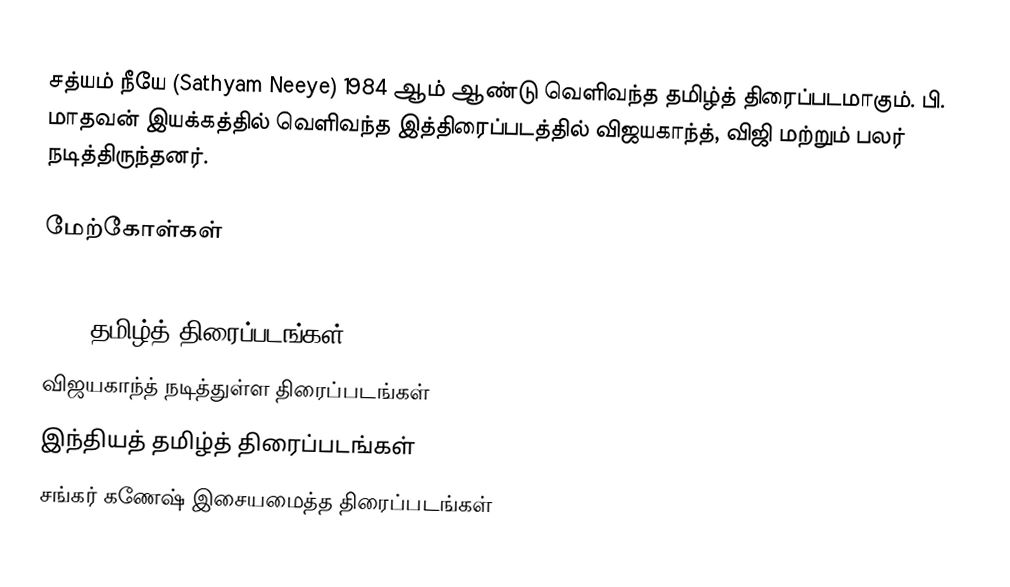
சத்யம் நீயே (Sathyam Neeye) 1984 ஆம் ஆண்டு வெளிவந்த தமிழ்த் திரைப்படமாகும். பி. மாதவன் இயக்கத்தில் வெளிவந்த இத்திரைப்படத்தில் விஜயகாந்த், விஜி மற்றும் பலர் நடித்திருந்தனர்.

மேற்கோள்கள்

1984 தமிழ்த் திரைப்படங்கள்
விஜயகாந்த் நடித்துள்ள திரைப்படங்கள்
இந்தியத் தமிழ்த் திரைப்படங்கள்
சங்கர் கணேஷ் இசையமைத்த திரைப்படங்கள்